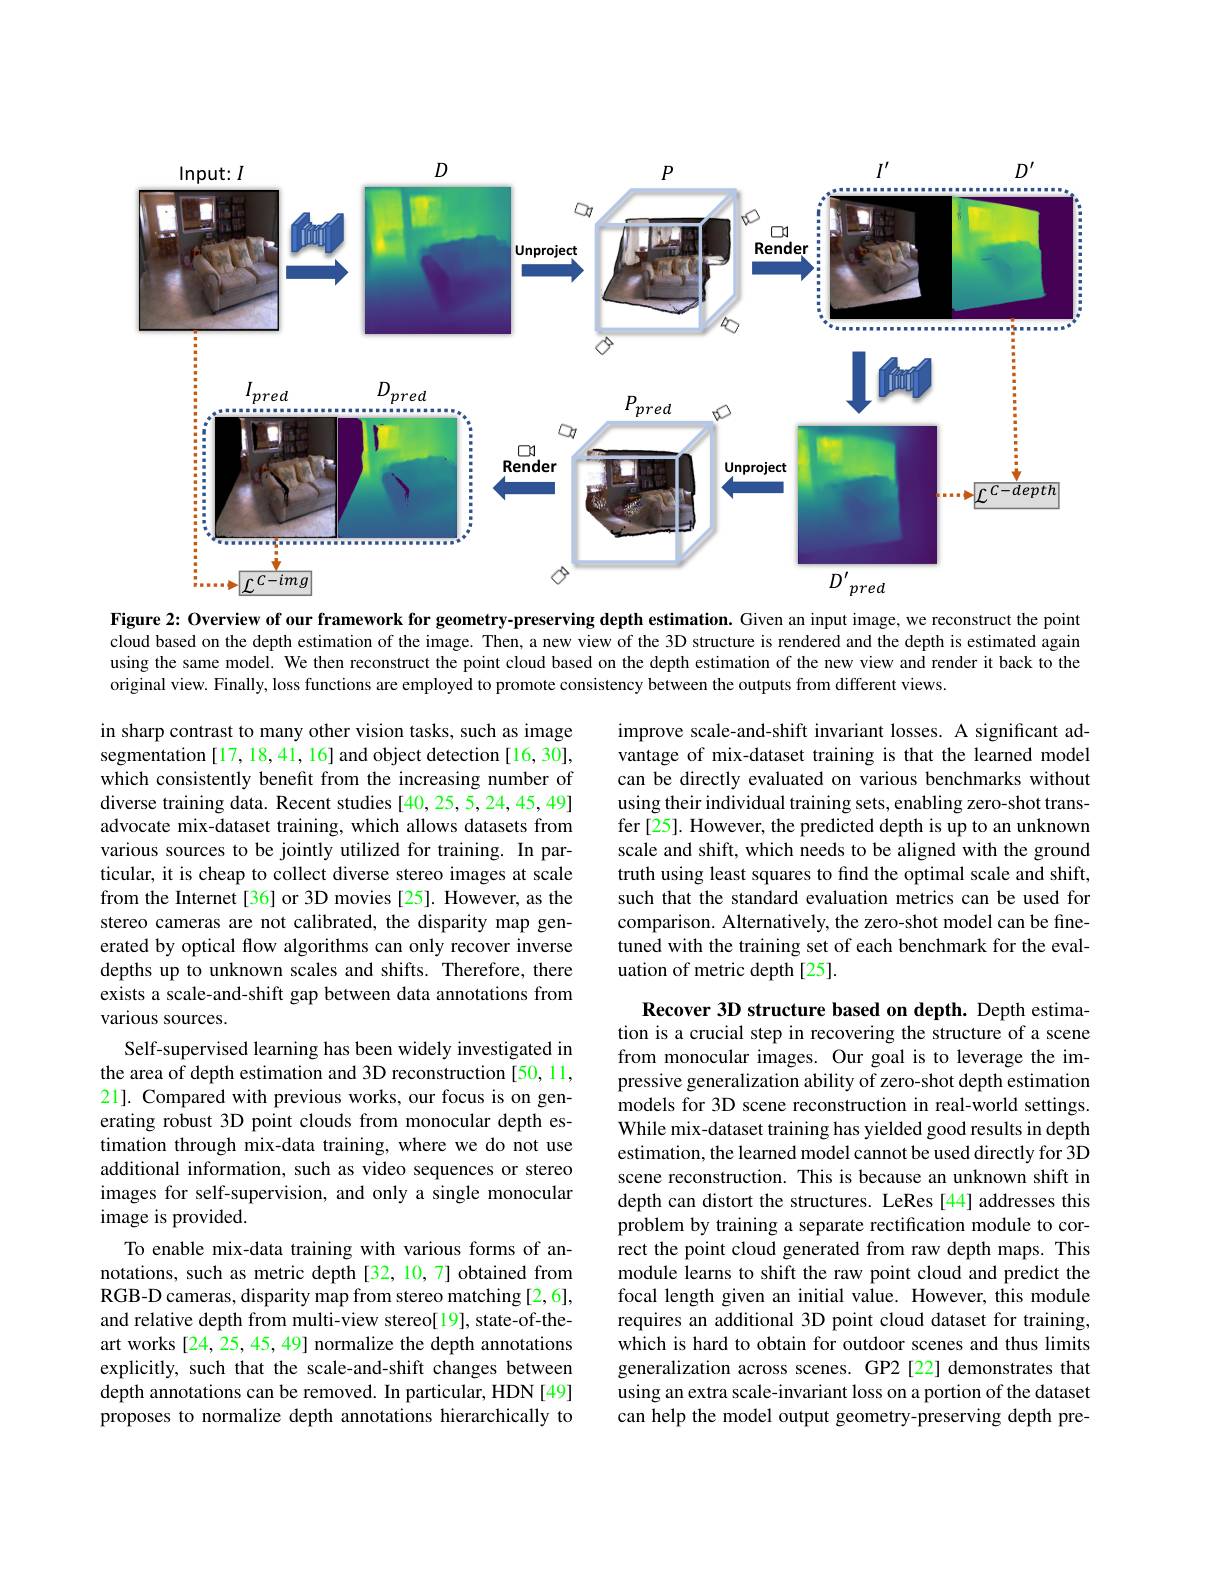
<FigureHere>

Figure 2: Overview of our framework for geometry-preserving depth estimation. Given an input image, we reconstruct the point cloud based on the depth estimation of the image. Then, a new view of the 3D structure is rendered and the depth is estimated again using the same model. We then reconstruct the point cloud based on the depth estimation of the new view and render it back to the original view. Finally, loss functions are employed to promote consistency between the outputs from different views.

improve scale-and-shift invariant losses. A significant advantage of mix-dataset training is that the learned model can be directly evaluated on various benchmarks without using their individual training sets, enabling zero-shot transfer [25]. However, the predicted depth is up to an unknown scale and shift, which needs to be aligned with the ground truth using least squares to find the optimal scale and shift, such that the standard evaluation metrics can be used for comparison. Alternatively, the zero-shot model can be finetuned with the training set of each benchmark for the evaluation of metric depth[25].

in sharp contrast to many other vision tasks, such as image segmentation [17,18,41,16] and object detection [16, 30], which consistently benefit from the increasing number of diverse training data. Recent studies [40,25,5,24,45,49] advocate mix-dataset training, which allows datasets from various sources to be jointly utilized for training. In particular, it is cheap to collect diverse stereo images at scale from the Internet[36] or 3D movies[25]. However, as the stereo cameras are not calibrated, the disparity map generated by optical flow algorithms can only recover inverse depths up to unknown scales and shifts. Therefore, there exists a scale-and-shift gap between data annotations from various sources.
Self-supervised learning has been widely investigated in the area of depth estimation and 3D reconstruction [50,11, 21]. Compared with previous works, our focus is on generating robust 3D point clouds from monocular depth estimation through mix-data training, where we do not use additional information, such as video sequences or stereo images for self-supervision, and only a single monocular image is provided.
To enable mix-data training with various forms of annotations, such as metric depth [32, 10, 7] obtained from RGB- D cameras, disparity map from stereo matching [ 2, 6] , and relative depth from multi-view stereo[19], state-of-theart works [24, 25, 45, 49] normalize the depth annotations explicitly, such that the scale-and-shift changes between depth annotations can be removed. In particular, HDN [49] proposes to normalize depth annotations hierarchically to

Recover 3D structure based on depth. Depth estimation is a crucial step in recovering the structure of a scene from monocular images. Our goal is to leverage the impressive generalization ability of zero-shot depth estimation models for 3D scene reconstruction in real-world settings. While mix-dataset training has yielded good results in depth estimation, the learned model cannot be used directly for 3D scene reconstruction. This is because an unknown shift in depth can distort the structures. LeRes [44] addresses this problem by training a separate rectification module to correct the point cloud generated from raw depth maps. This module learns to shift the raw point cloud and predict the focal length given an initial value. However, this module requires an additional 3D point cloud dataset for training, which is hard to obtain for outdoor scenes and thus limits generalization across scenes. GP2 [22] demonstrates that using an extra scale-invariant loss on a portion of the dataset can help the model output geometry-preserving depth pre-